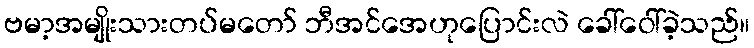
ဗမာ့အမျိုးသားတပ်မတော် ဘီအင်အေဟုပြောင်းလဲ ခေါ်ဝေါ်ခဲ့သည်။